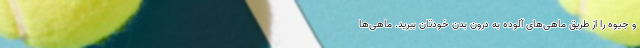
و جیوه را از طریق ماهی‌های آلوده به درون بدن خودتان ببرید. ماهی‌ها